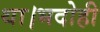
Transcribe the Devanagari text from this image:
था।भदोही